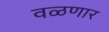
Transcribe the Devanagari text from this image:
वळणार